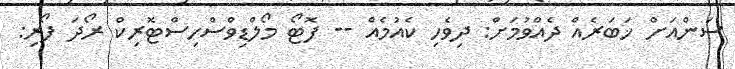
ސަންއަށް ޚަބަރެއް ދެއްވުމަށް: ދިވެހި ކެއުމެއް -- ފޮޓޯ މޯލްޑިވްސްހިސްޓޮރިކް ރޯދަ ފޯރި: